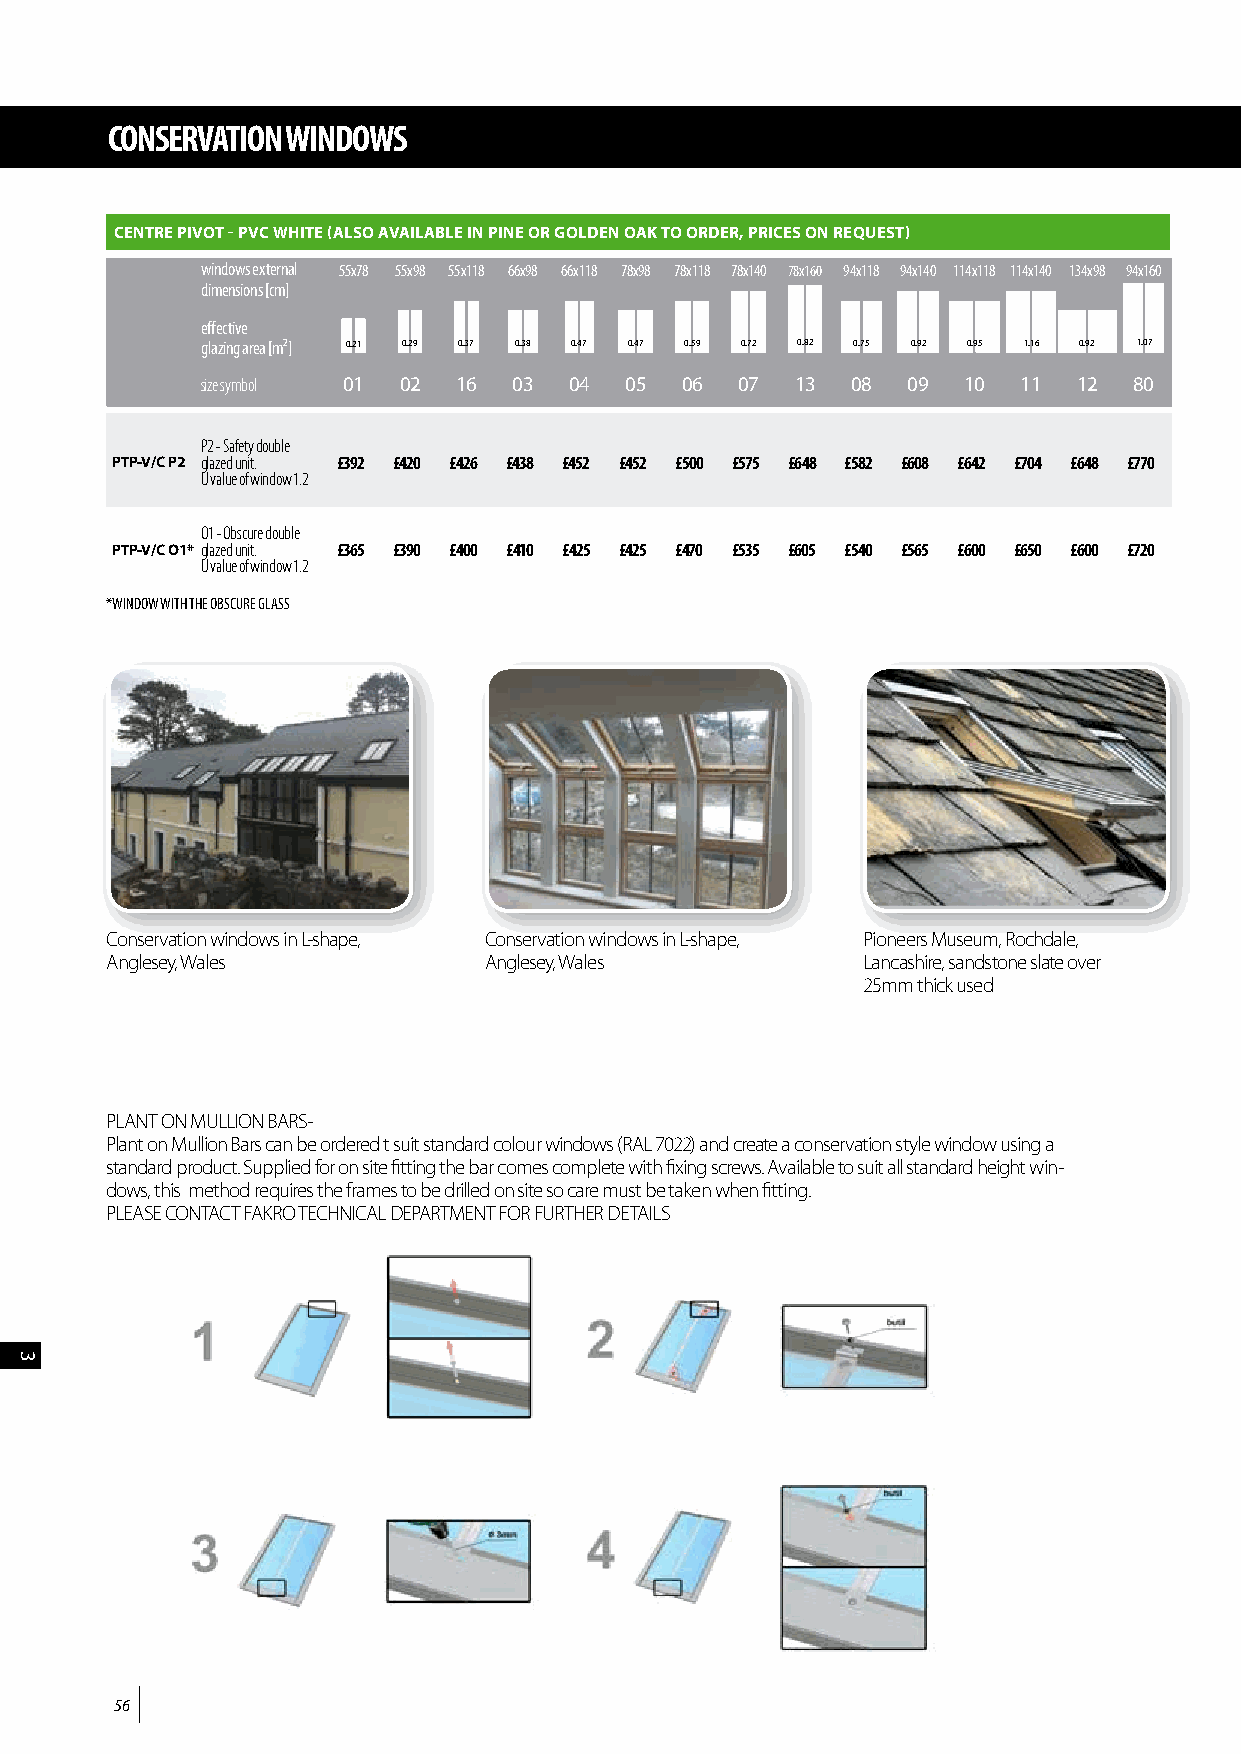
CONSERVATION WINDOWS
 CENTRE PIVOT - PVC WHITE (ALSO AVAILABLE IN PINE OR GOLDEN OAK TO ORDER, PRICES ON REQUEST)
 windows external 55x78 55x98 55x118 66x98 66x118 78x98 78x118 78x140 78x160 94x118 94x140 114x118 114x140 134x98 94x160
 dimensions [cm]
 effective
 glazing area [m²] 0.21 0.29 0.37 0.38 0.47 0.47 0.59 0.72 0.82 0.75 0.92 0.95 1.16 0.92 1.07
 size symbol 01 02 16 03  04 05  06  07  13 08  09  10  11 12  80
 P2 - Safety double
 PTP-V/C P2 glazed unit. £392 £420 £426 £438 £452 £452 £500 £575 £648 £582 £608 £642 £704 £648 £770
 U value of window 1.2
 O1 - Obscure double
 PTP-V/C O1* glazed unit. £365 £390 £400 £410 £425 £425 £470 £535 £605 £540 £565 £600 £650 £600 £720
 U value of window 1.2
 *WINDOW WITH THE OBSCURE GLASS
 Conservation windows in L-shape, Conservation windows in L-shape, Pioneers Museum, Rochdale,
 Anglesey, Wales          Anglesey, Wales          Lancashire, sandstone slate over
 25mm thick used
 PLANT ON MULLION BARS-
 Plant on Mullion Bars can be ordered t suit standard colour windows (RAL 7022) and create a conservation style window using a
 standard product. Supplied for on site fitting the bar comes complete with fixing screws. Available to suit all standard height win-
 dows, this method requires the frames to be drilled on site so care must be taken when fitting.
 PLEASE CONTACT FAKRO TECHNICAL DEPARTMENT FOR FURTHER DETAILS
 56
 3